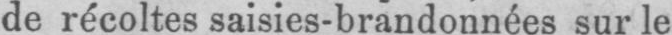
de récoltes saisies-brandonnées sur le